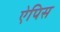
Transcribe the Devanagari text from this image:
ऐपिस